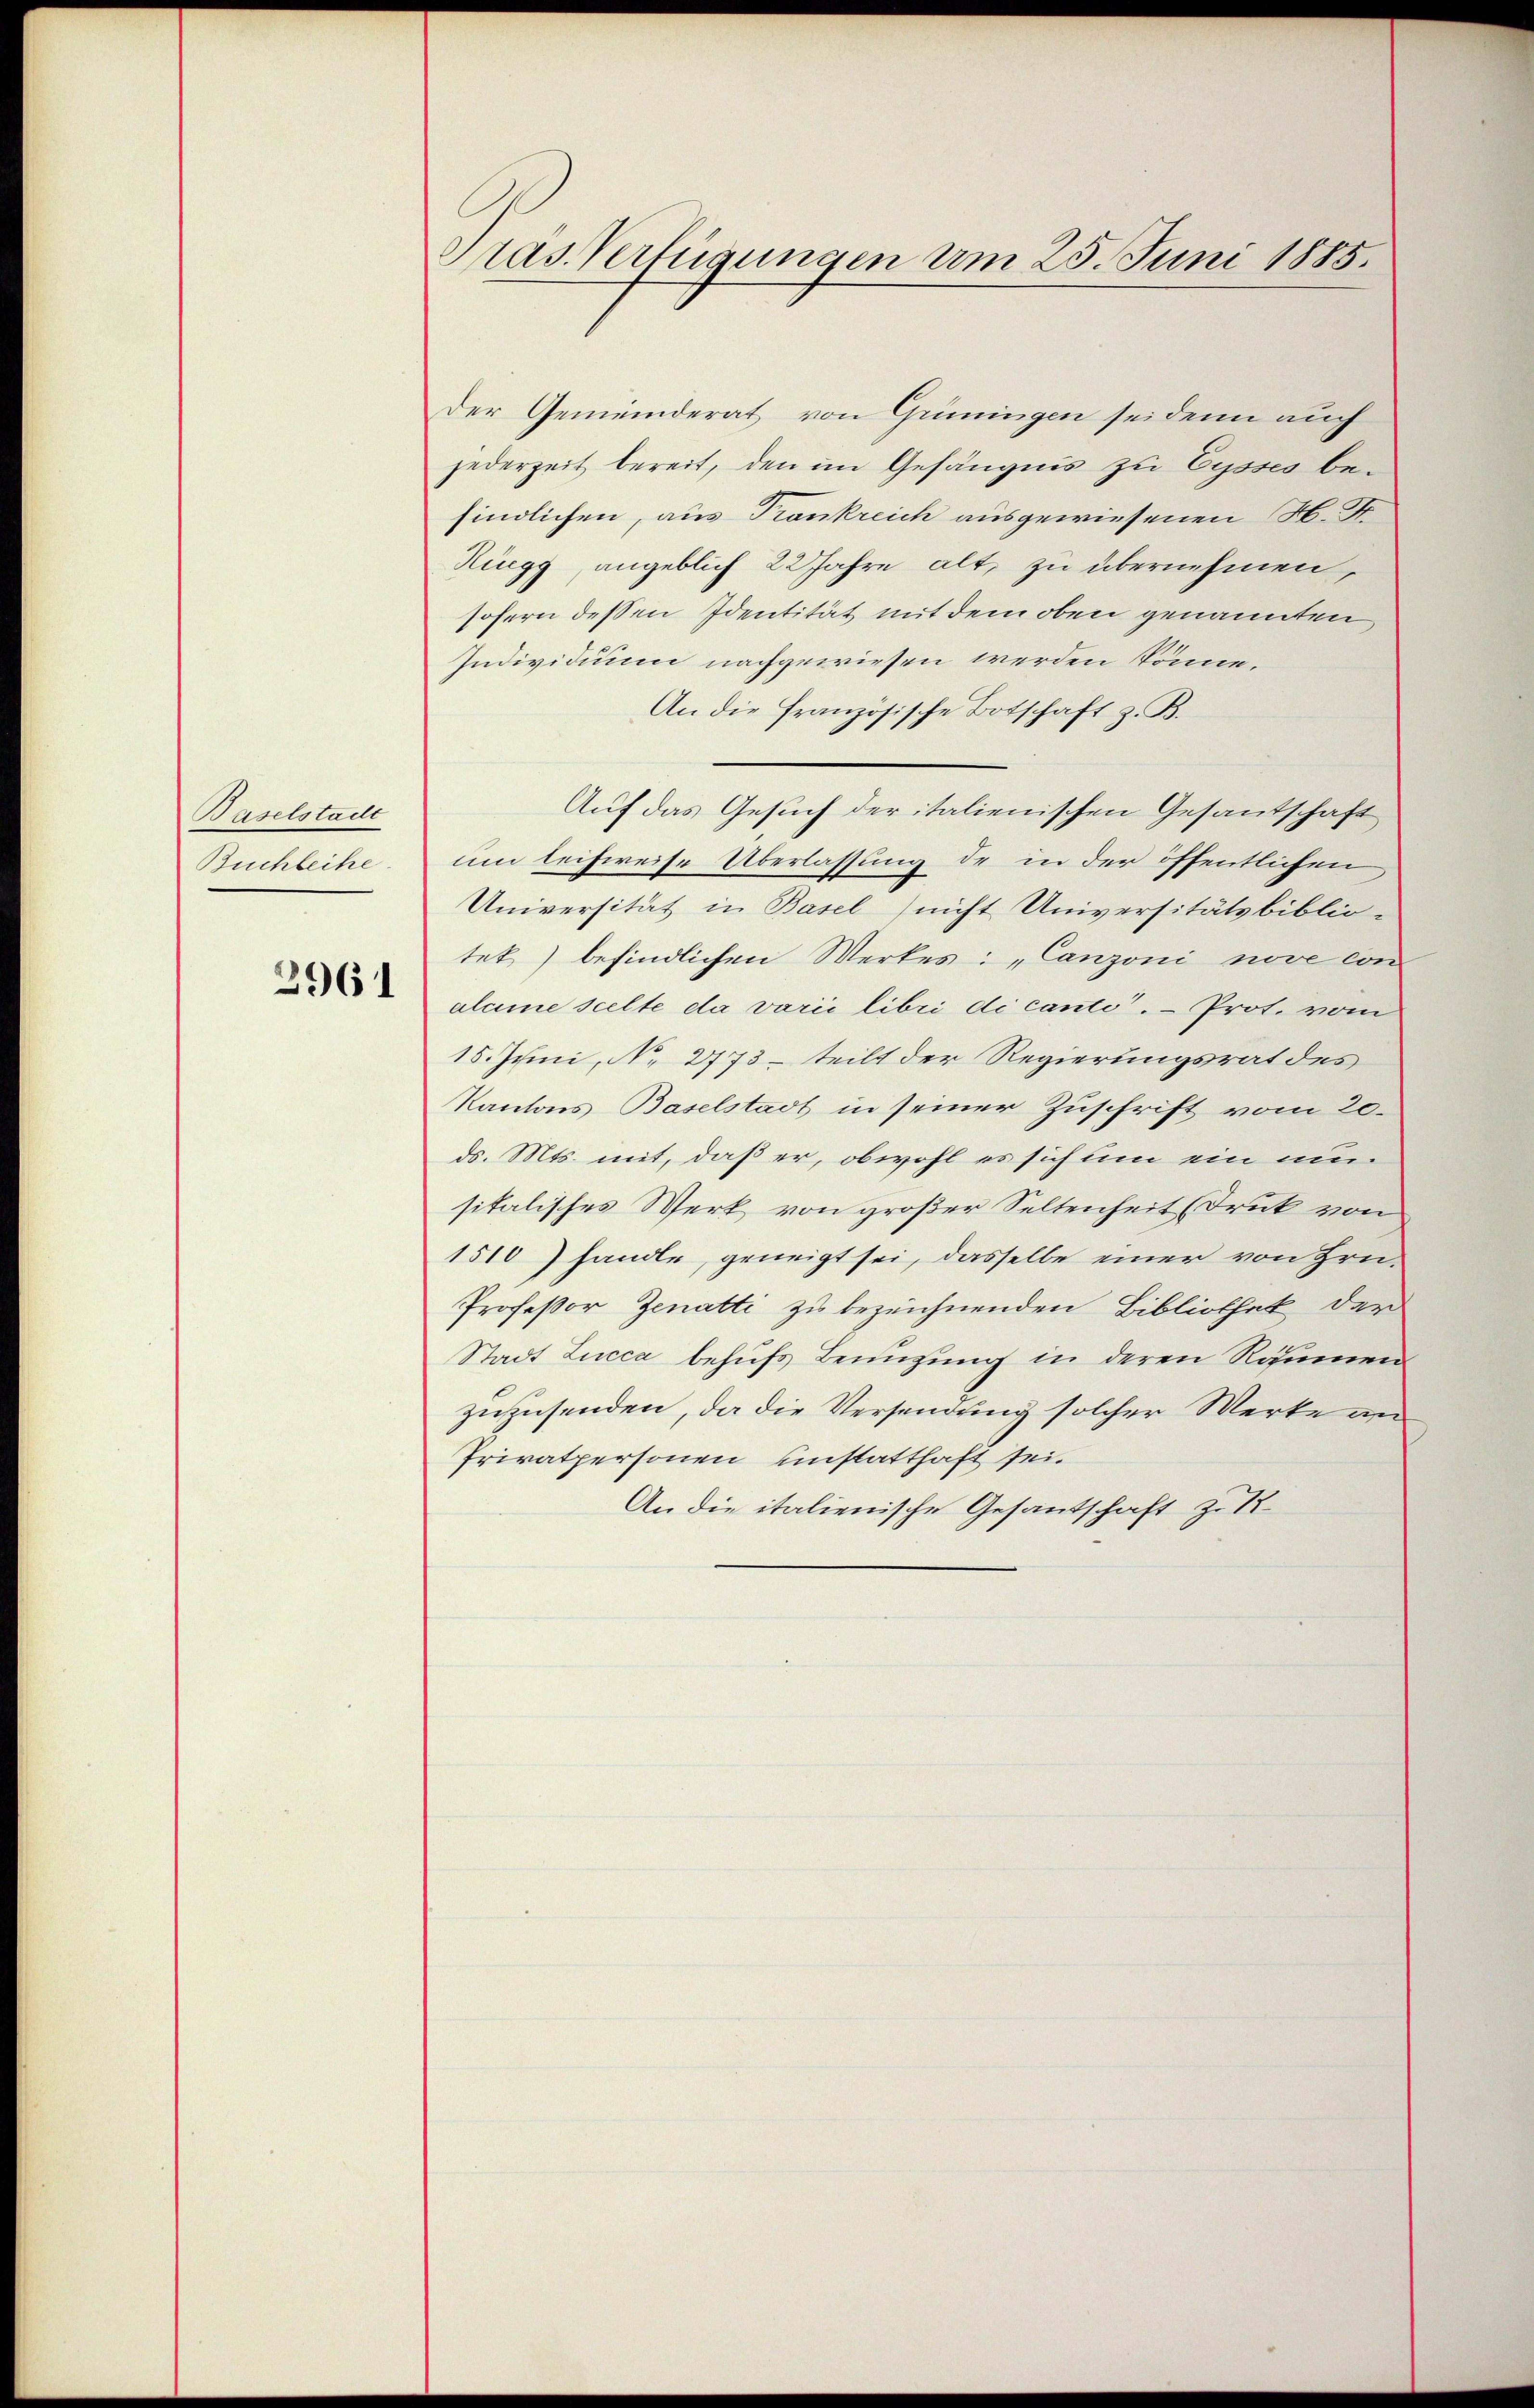
Baselstadt
Buchleihe

2961

Präs. Verfügungen um 25. Juni 1885.

Der Gemeinderat von Grüningen sei denn auch
jederzeit bereit, den im Gefängnis zu Cysses befindlichen, aus Trankreich ausgewiesenen M. D.
Rüegg, angeblich 22 Jahre alt, zu übernehmen,
sofern dessen Identität mit dem oben genannten
Individium nachgewiesen werden könne.
An die Französische Botschaft z. B.
Auf das Gesuch der italienischen Gesantschaft
um leihweise Überlassung de in der öffentlichen
Universität in Basel nicht Universitätsbibliotet) befindlichen Werkes: „Canzoni nove con
aleine scelte da varii libri di cante. — Prot. vom
15. Juni, N. 2773 - teilt der Regierungsrat des
Kantons Baselstadt in seiner Zuschrift vom 20.
ds. Mts. mit, daß er, obwohl es sich um ein umsitalisches Werk von großer Seltenheit (Druk von
15107 handle, geneigt sei, dasselbe einer von Hrn.
Profeßor Jenatti zu bezeichnenden Bibliothek der
Stadt Lucca behufs Benuzung in deren Räumen
zuzusenden, da die Versendung solcher Werke an
Privatpersonen unstatthaft sei.
An die italienische Gesantschaft zu 1